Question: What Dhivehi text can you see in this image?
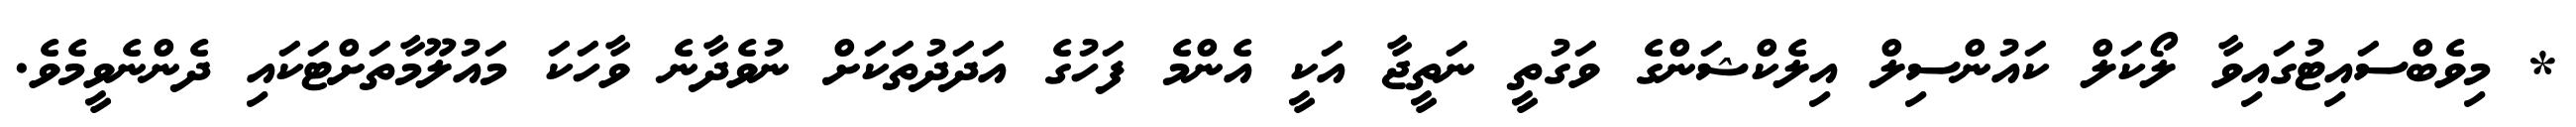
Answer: * މިވެބްސައިޓުގައިވާ ލޯކަލް ކައުންސިލް އިލެކްޝަންގެ ވަގުތީ ނަތީޖާ އަކީ އެންމެ ފަހުގެ އަދަދުތަކަށް ނުވެދާނެ ވާހަކަ މައުލޫމާތަށްޓަކައި ދެންނެވީމެވެ.